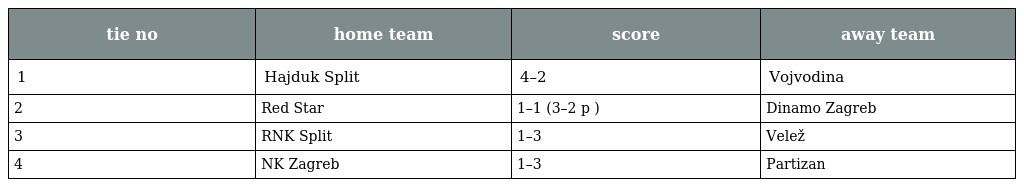
| tie no | home team | score | away team |
 | --- | --- | --- | --- |
 | 1 | Hajduk Split | 4–2 | Vojvodina |
 | 2 | Red Star | 1–1 (3–2 p ) | Dinamo Zagreb |
 | 3 | RNK Split | 1–3 | Velež |
 | 4 | NK Zagreb | 1–3 | Partizan |